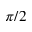
\pi / 2